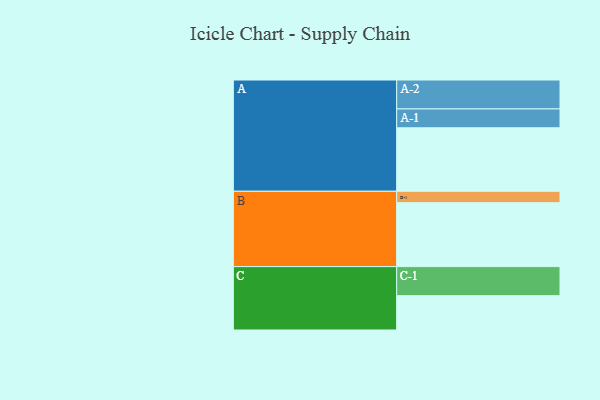
{"axis": {"x": "Segment", "y": "Value"}, "legend": ["", "A", "B", "C"], "data": [{"x": "A", "y": 562, "type": ""}, {"x": "B", "y": 566, "type": ""}, {"x": "C", "y": 304, "type": ""}, {"x": "A-1", "y": 167, "type": "A"}, {"x": "A-2", "y": 256, "type": "A"}, {"x": "B-1", "y": 101, "type": "B"}, {"x": "C-1", "y": 257, "type": "C"}]}